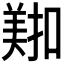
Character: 𫅖